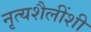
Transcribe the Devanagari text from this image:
नृत्यशैलींशी